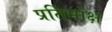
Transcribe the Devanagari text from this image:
प्रतिमोक्ष